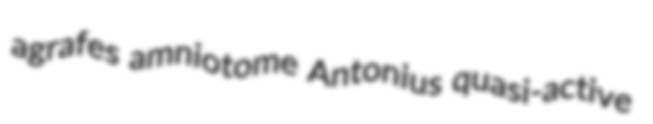
agrafes amniotome Antonius quasi-active